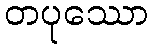
တပုဿော